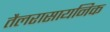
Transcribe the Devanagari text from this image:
तैलरासायनिक